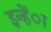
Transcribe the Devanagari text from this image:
इन्हेंा